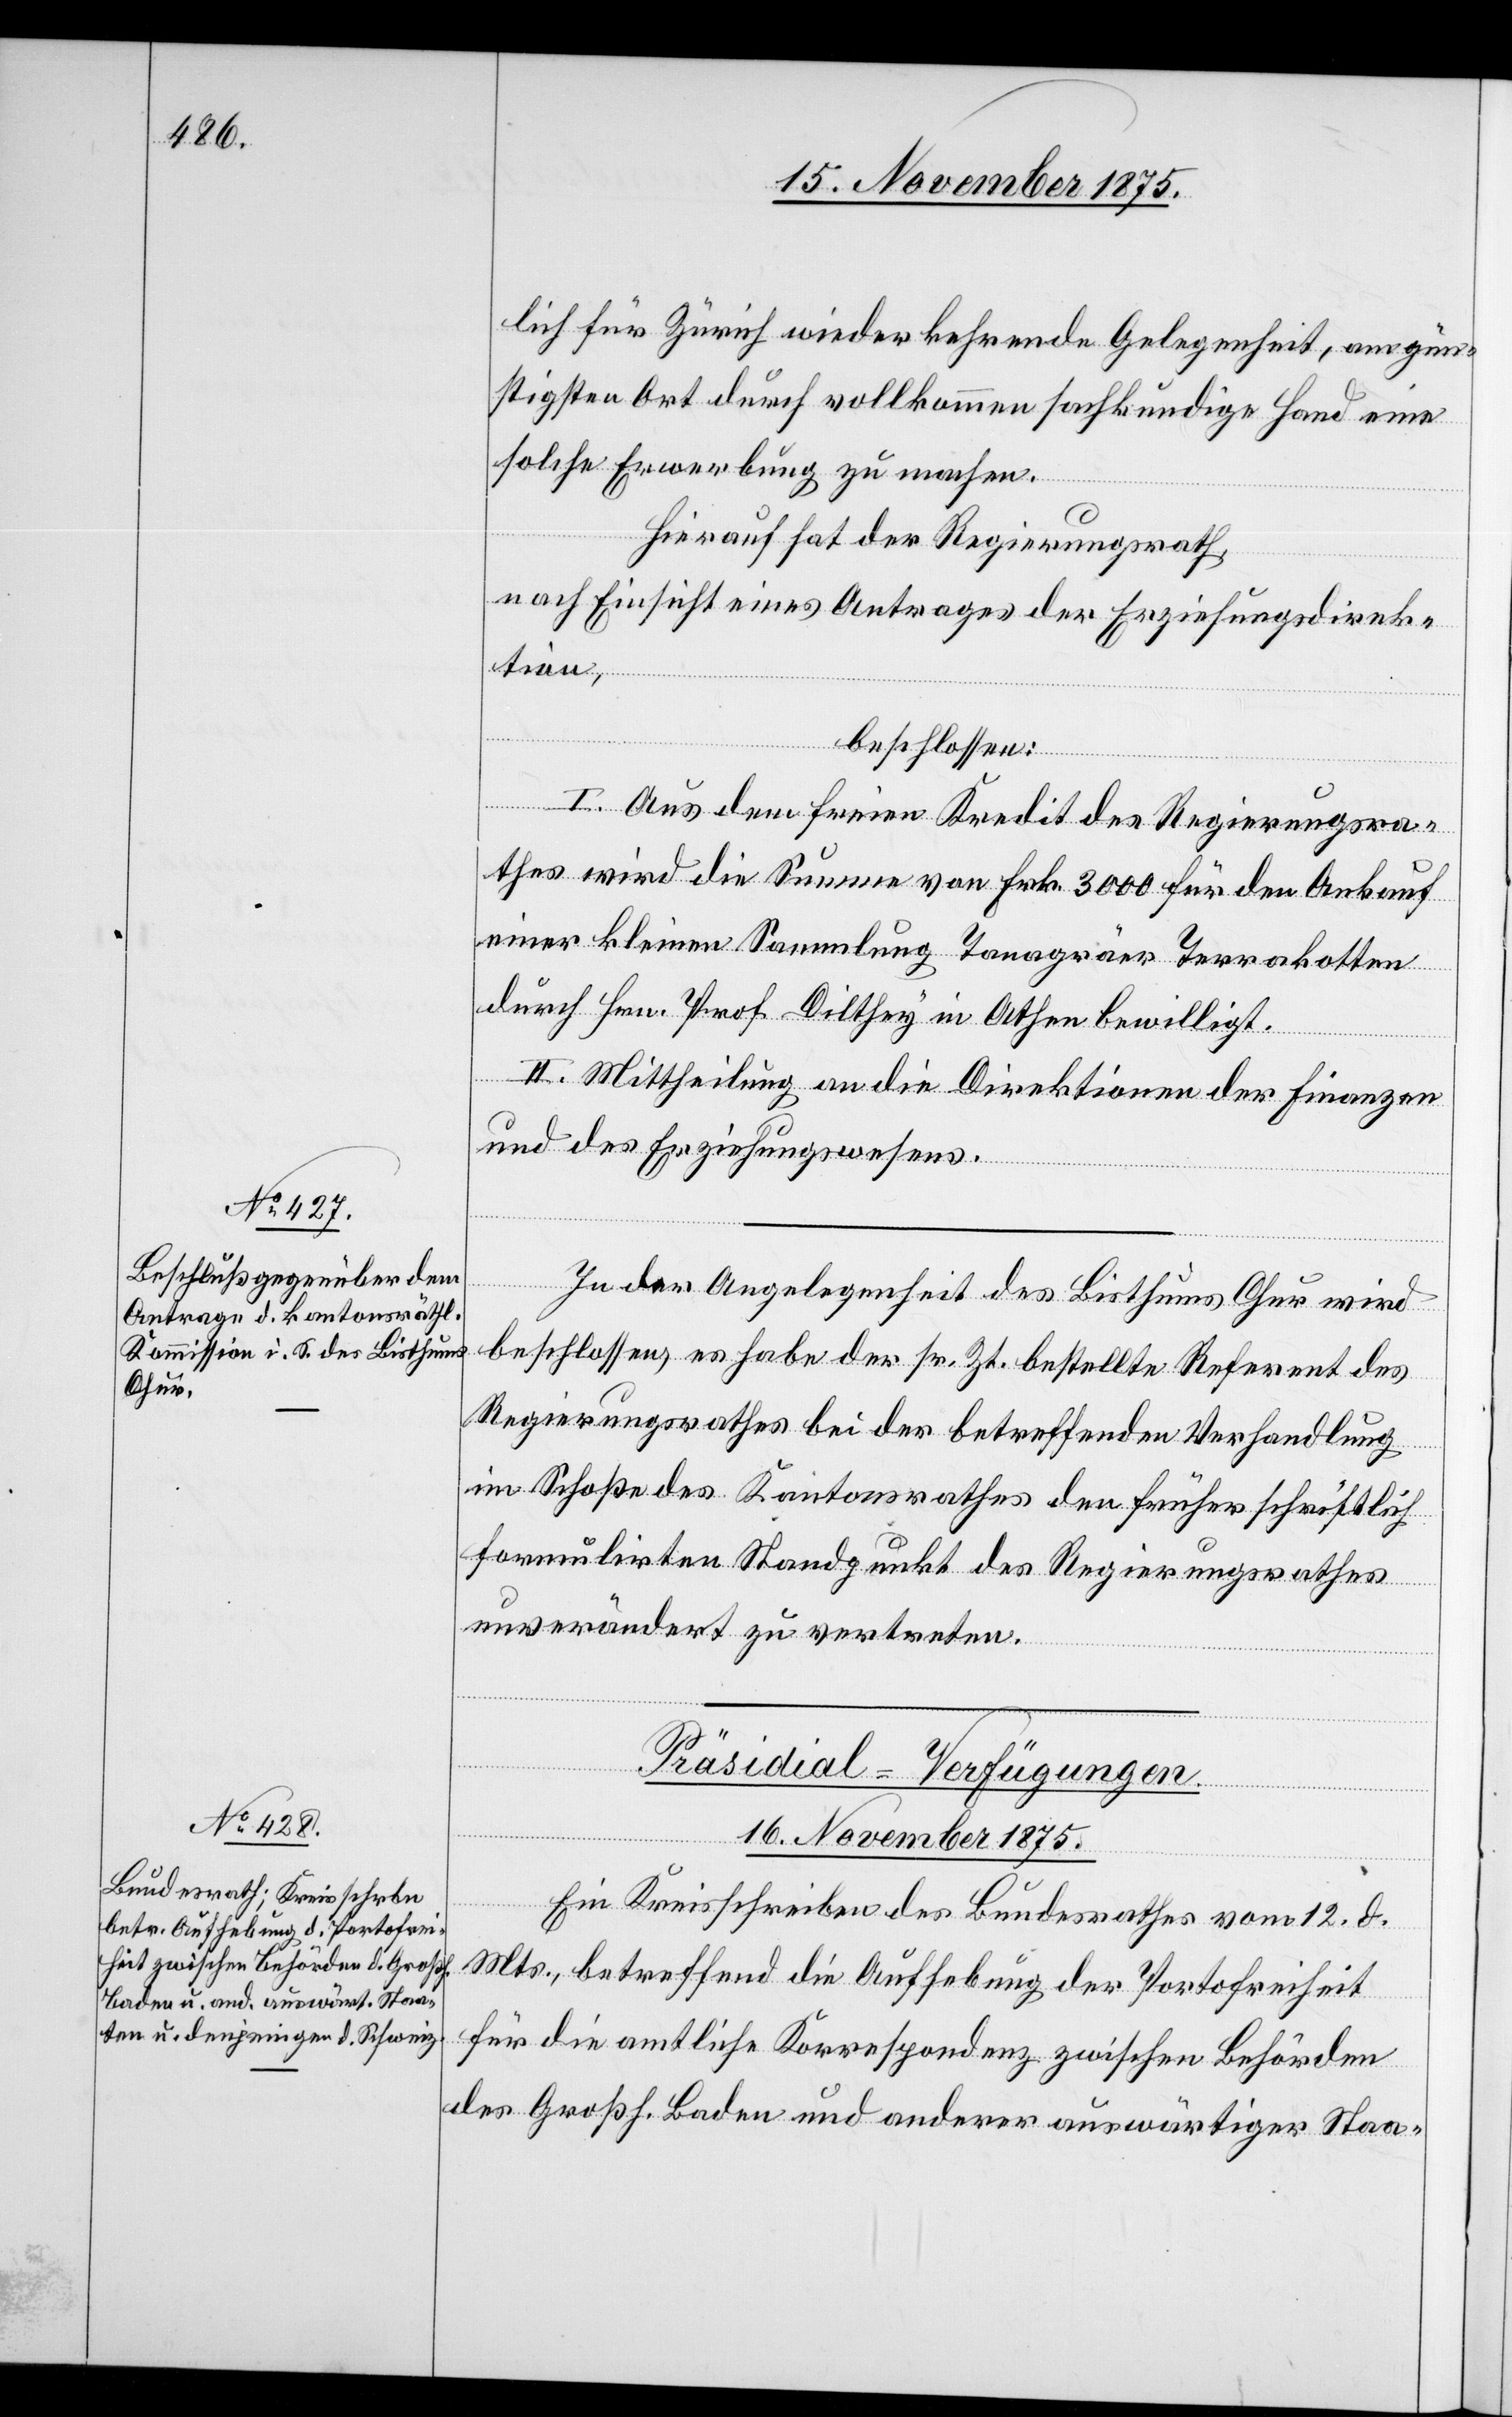
lich für Zürich wiederkehrende Gelegenheit, am gün¬
stigen Ort durch vollkommen sachkundige Hand eine
solche Erwerbung zu machen.
Hierauf hat der Regierungsrath,
nach Einsicht eines Antrages der Erziehungsdirek¬
tion,
beschlossen:
I. Aus dem freien Kredit des Regierungsra¬
thes wird die Summe von Frk. 3000 für den Ankauf
einer kleinen Sammlung Tanagräer Terrakotten
durch Hrn. Prof. Dilthey in Athen bewilligt.
II. Mittheilung an die Direktionen der Finanzen
und des Erziehungswesens.
In der Angelegenheit des Bisthums Chur wird
beschlossen, es habe der sr. Zt. bestellte Referent des
Regierungsrathes bei der betreffenden Verhandlung
im Schoße des Kantonsrathes den früher schriftlich
formulirten Standpunkt des Regierungsrathes
unverändert zu vertreten.
Präsidial-Verfügungen.
16. November 1875.
Ein Kreisschreiben des Bundesrathes vom 12. d.
Mts., betreffend die Aufhebung der Portofreiheit
für die amtliche Korrespondenz zwischen Behörden
des Großh. Baden und anderer auswärtiger Staa-